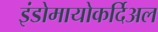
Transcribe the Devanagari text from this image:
इंडोमायोकर्दिअल